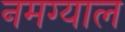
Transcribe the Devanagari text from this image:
नमग्याल